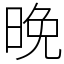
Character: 晚